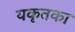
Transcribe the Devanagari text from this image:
यकृतका